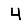
Digit: 4